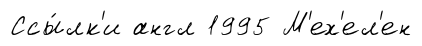
Ссы́лк'и англ 1995 М'ех'ел'ен